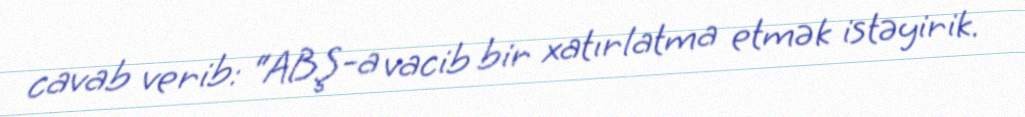
cavab verib: “ABŞ-a vacib bir xatırlatma etmək istəyirik.